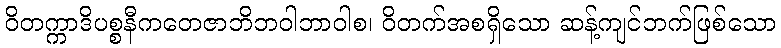
ဝိတက္ကာဒိပစ္စနီကတေဇာဘိဘဝါဘာဝါစ၊ ဝိတက်အစရှိသော ဆန့်ကျင်ဘက်ဖြစ်သော